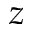
z